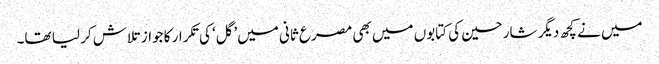
میں نے کچھ دیگر شارحین کی کتابوں میں بھی مصرع ثانی میں’گل‘ کی تکرار کا جواز تلاش کر لیا تھا۔